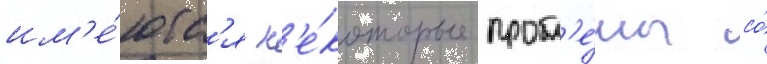
им'е́ютс'я н'е́которые пробл'е́мы со́